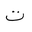
Letter: _ta